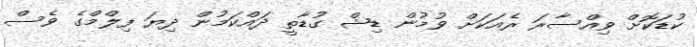
ކުޑަކޮށް ވިއްސާރަ ރެއަކަށް ވުމުން ޑިޝް ގުޑާތީ ދައްކަމުން ދިޔަ ފިލްމްގެ ވެސް